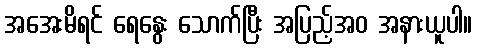
အအေးမိရင် ရေနွေး သောက်ပြီး အပြည့်အဝ အနားယူပါ။